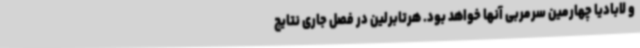
و لابادیا چهارمین سرمربی آنها خواهد بود. هرتابرلین در فصل جاری نتایج